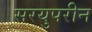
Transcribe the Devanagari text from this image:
सरयुपरीन